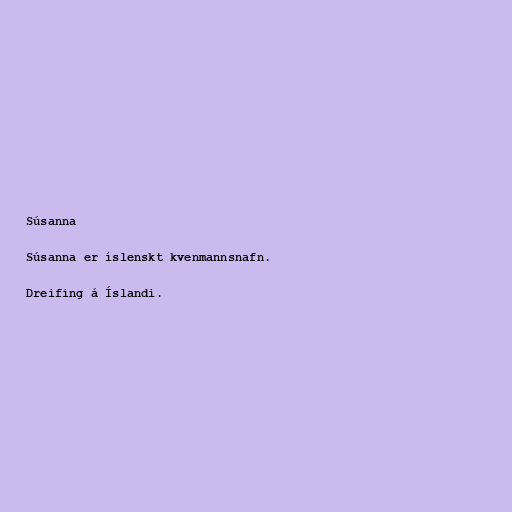
Súsanna

Súsanna er íslenskt kvenmannsnafn.

Dreifing á Íslandi.